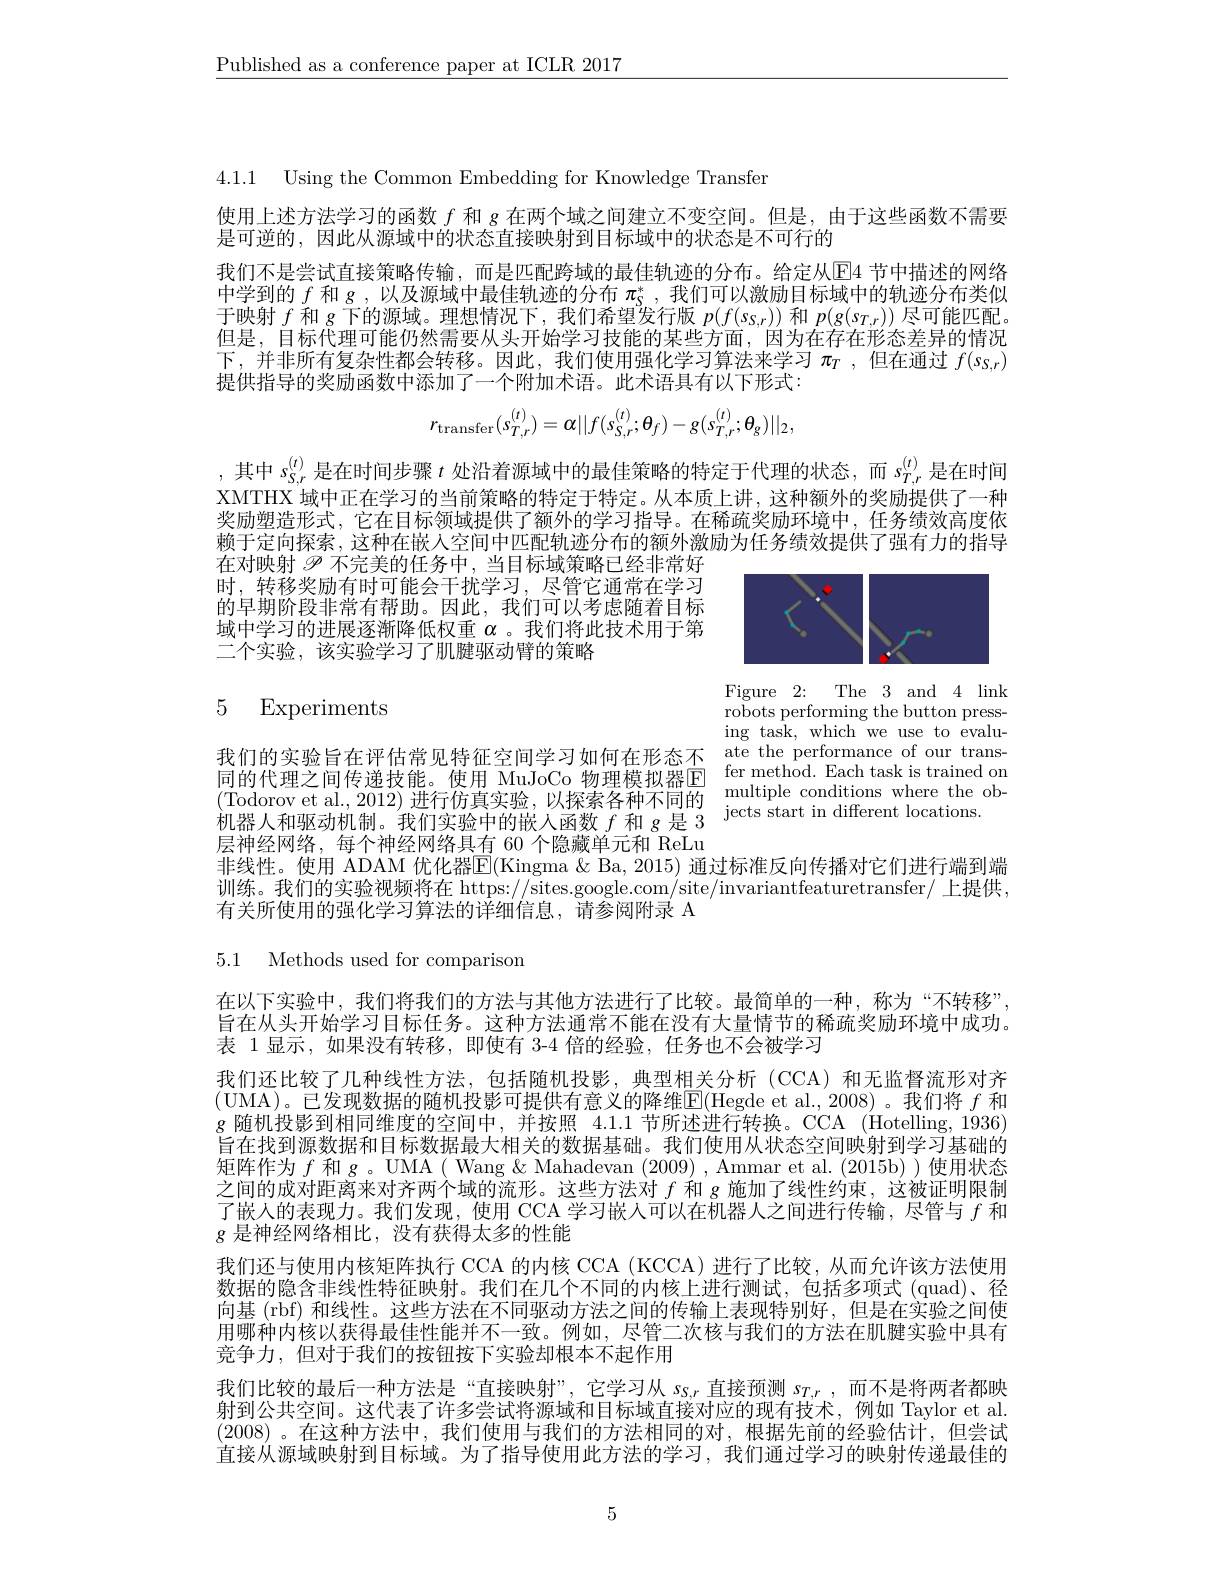
$\underline{\text{Published as a conference paper at ICLR 2017}}$

4.1.1 Using the Common Embedding for Knowledge Transfer

使用上述方法学习的函数$f$和 g 在两个域之间建立不变空间。但是 ,由于这些函数不需要
是可逆的，因此从源域中的状态直接映射到目标域中的状态是不可行的

我们不是尝试直接策略传输，而是匹配跨域的最佳轨迹的分布。给定从回4 节中描述的网络中学到的$f$和 g , 以及源域中最佳轨迹的分布$\pi_\mathrm{S}^*$ ,我们可以激励目标域中的轨迹分布类似于映射$f$和$g$下的源域。理想情况下，我们希望发行版$p(f(s_{S,r}))$和$p(g(s_{T,r}))$尽可能匹配。但是，目标代理可能仍然需要从头开始学习技能的某些方面，因为在存在形态差异的情况下，并非所有复杂性都会转移。因此，我们使用强化学习算法来学习$\pi _T$ , 但在通过$f(s_{S,r})$ 提供指导的奖励函数中添加了一个附加术语。此术语具有以下形式：
$$r_{\mathrm{transfer}}(s_{T,r}^{(t)})=\alpha||f(s_{S,r}^{(t)};\theta_{f})-g(s_{T,r}^{(t)};\theta_{g})||_{2},$$
,其中$s_{S,r}^{(t)}$是在时间步骤$t$处沿着源域中的最佳策略的特定于代理的状态，而$s_{T,r}^{(t)}$是在时间XMTHX 域中正在学习的当前策略的特定于特定。从本质上讲，这种额外的奖励提供了一种奖励塑造形式，它在目标领域提供了额外的学习指导。在稀疏奖励环境中，任务绩效高度依赖于定向探索，这种在嵌人空间中匹配轨迹分布的额外激励为任务绩效提供了强有力的指导在对映射$\mathscr{P}$不完美的任务中，当目标域策略已经非常好

时，转移奖励有时可能会干扰学习，尽管它通常在学习的早期阶段非常有帮助。因此，我们可以考虑随着目标域中学习的进展逐渐降低权重$\alpha$ 。我们将此技术用于第二个实验，该实验学习了肌腱驱动臂的策略

<FigureHere>

## 5 Experiments

Figure 2: The 3 and 4 link robots performing the button pressing task, which we use to evalu-
我们的实验旨在评估常见特征空间学习如何在形态不 ate the performance of our trans同的代理之间传递技能。使用 MuJoCo 物理模拟器$\begin{array}{cc}\text{fer method.Each task is trained on}\\\text{同的代理之间传递技能。使用 MuJoCo 物理模拟器E}&\text{multinla conditions whera the ob-}\end{array}$ 同 时 代 理 之 间 只 应 仅 能 。仅 用 Mutoo 物 理 使 取 命 也 (Todorov et al, 2012) 进 行 仿 真 实 验 , 以 探 索 各 种 不 同 的 multiple conditions where the ob- 机 器 人 和 驱 动 机 制 。我 们 实 验 中 的 嵌 入 函 数 $f$ 和 $g$ 是 3

层神经网络，每个神经网络具有 60 个隐藏单元和 ReLu
非线性。使用 ADAM 优化器$\mathbb{E}($Kingma & Ba, 2015) 通过标准反向传播对它们进行端到端训练。我们的实验视频将在 https://sites.google.com/site/invariantfeaturetransfer/ 上提供， 有关所使用的强化学习算法的详细信息，请参阅附录 A

5.1 Methods used for comparison

在以下实验中，我们将我们的方法与其他方法进行了比较。最简单的一种，称为“不转移”, 旨在从头开始学习目标任务。这种方法通常不能在没有大量情节的稀疏奖励环境中成功。表 1显示，如果没有转移，即使有 3-4 倍的经验，任务也不会被学习
我们还比较了几种线性方法，包括随机投影，典型相关分析 (CCA)和无监督流形对齐(UMA)。已发现数据的随机投影可提供有意义的降维$\overline{\mathrm{E}}($Hegde et al., 2008)。我们将 $f$ 和$g$随机投影到相同维度的空间中，并按照4.1.1节所述进行转换。CCA (Hotelling, 1936) 旨在找到源数据和目标数据最大相关的数据基础。我们使用从状态空间映射到学习基础的矩阵作为$f$和$g$。UMA ( Wang & Mahadevan (2009) , Ammar et al. (2015b) ) 使用状态之间的成对距离来对齐两个域的流形。这些方法对$f$和$g$施加了线性约束，这被证明限制了嵌人的表现力。我们发现，使用 CCA 学习嵌人可以在机器人之间进行传输，尽管与$f$和$g$是神经网络相比，没有获得太多的性能
我们还与使用内核矩阵执行 CCA 的内核 CCA (KCCA)进行了比较，从而允许该方法使用数据的隐含非线性特征映射。我们在几个不同的内核上进行测试，包括多项式(quad)、径向基 (rbf) 和线性。这些方法在不同驱动方法之间的传输上表现特别好，但是在实验之间使用哪种内核以获得最佳性能并不一致。例如，尽管二次核与我们的方法在肌腱实验中具有竞争力，但对于我们的按钮按下实验却根本不起作用
我们比较的最后一种方法是“直接映射”,它学习从$s_{S,r}$直接预测$s_{T,r}$,而不是将两者都映射到公共空间。这代表了许多尝试将源域和目标域直接对应的现有技术，例如 Taylor et al (2008) 。在这种方法中，我们使用与我们的方法相同的对，根据先前的经验估计，但尝试直接从源域映射到目标域。为了指导使用此方法的学习，我们通过学习的映射传递最佳的

5